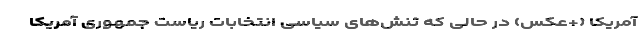
آمریکا (+عکس) در حالی که تنش‌های سیاسی انتخابات ریاست جمهوری آمریکا